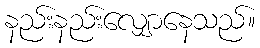
နည်းနည်းလျှောနေသည်။